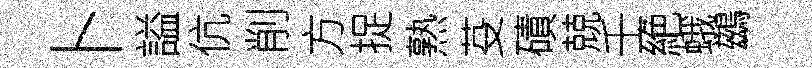
卜謚伉削方捉熟芟磧兢壬絶蛾鷀